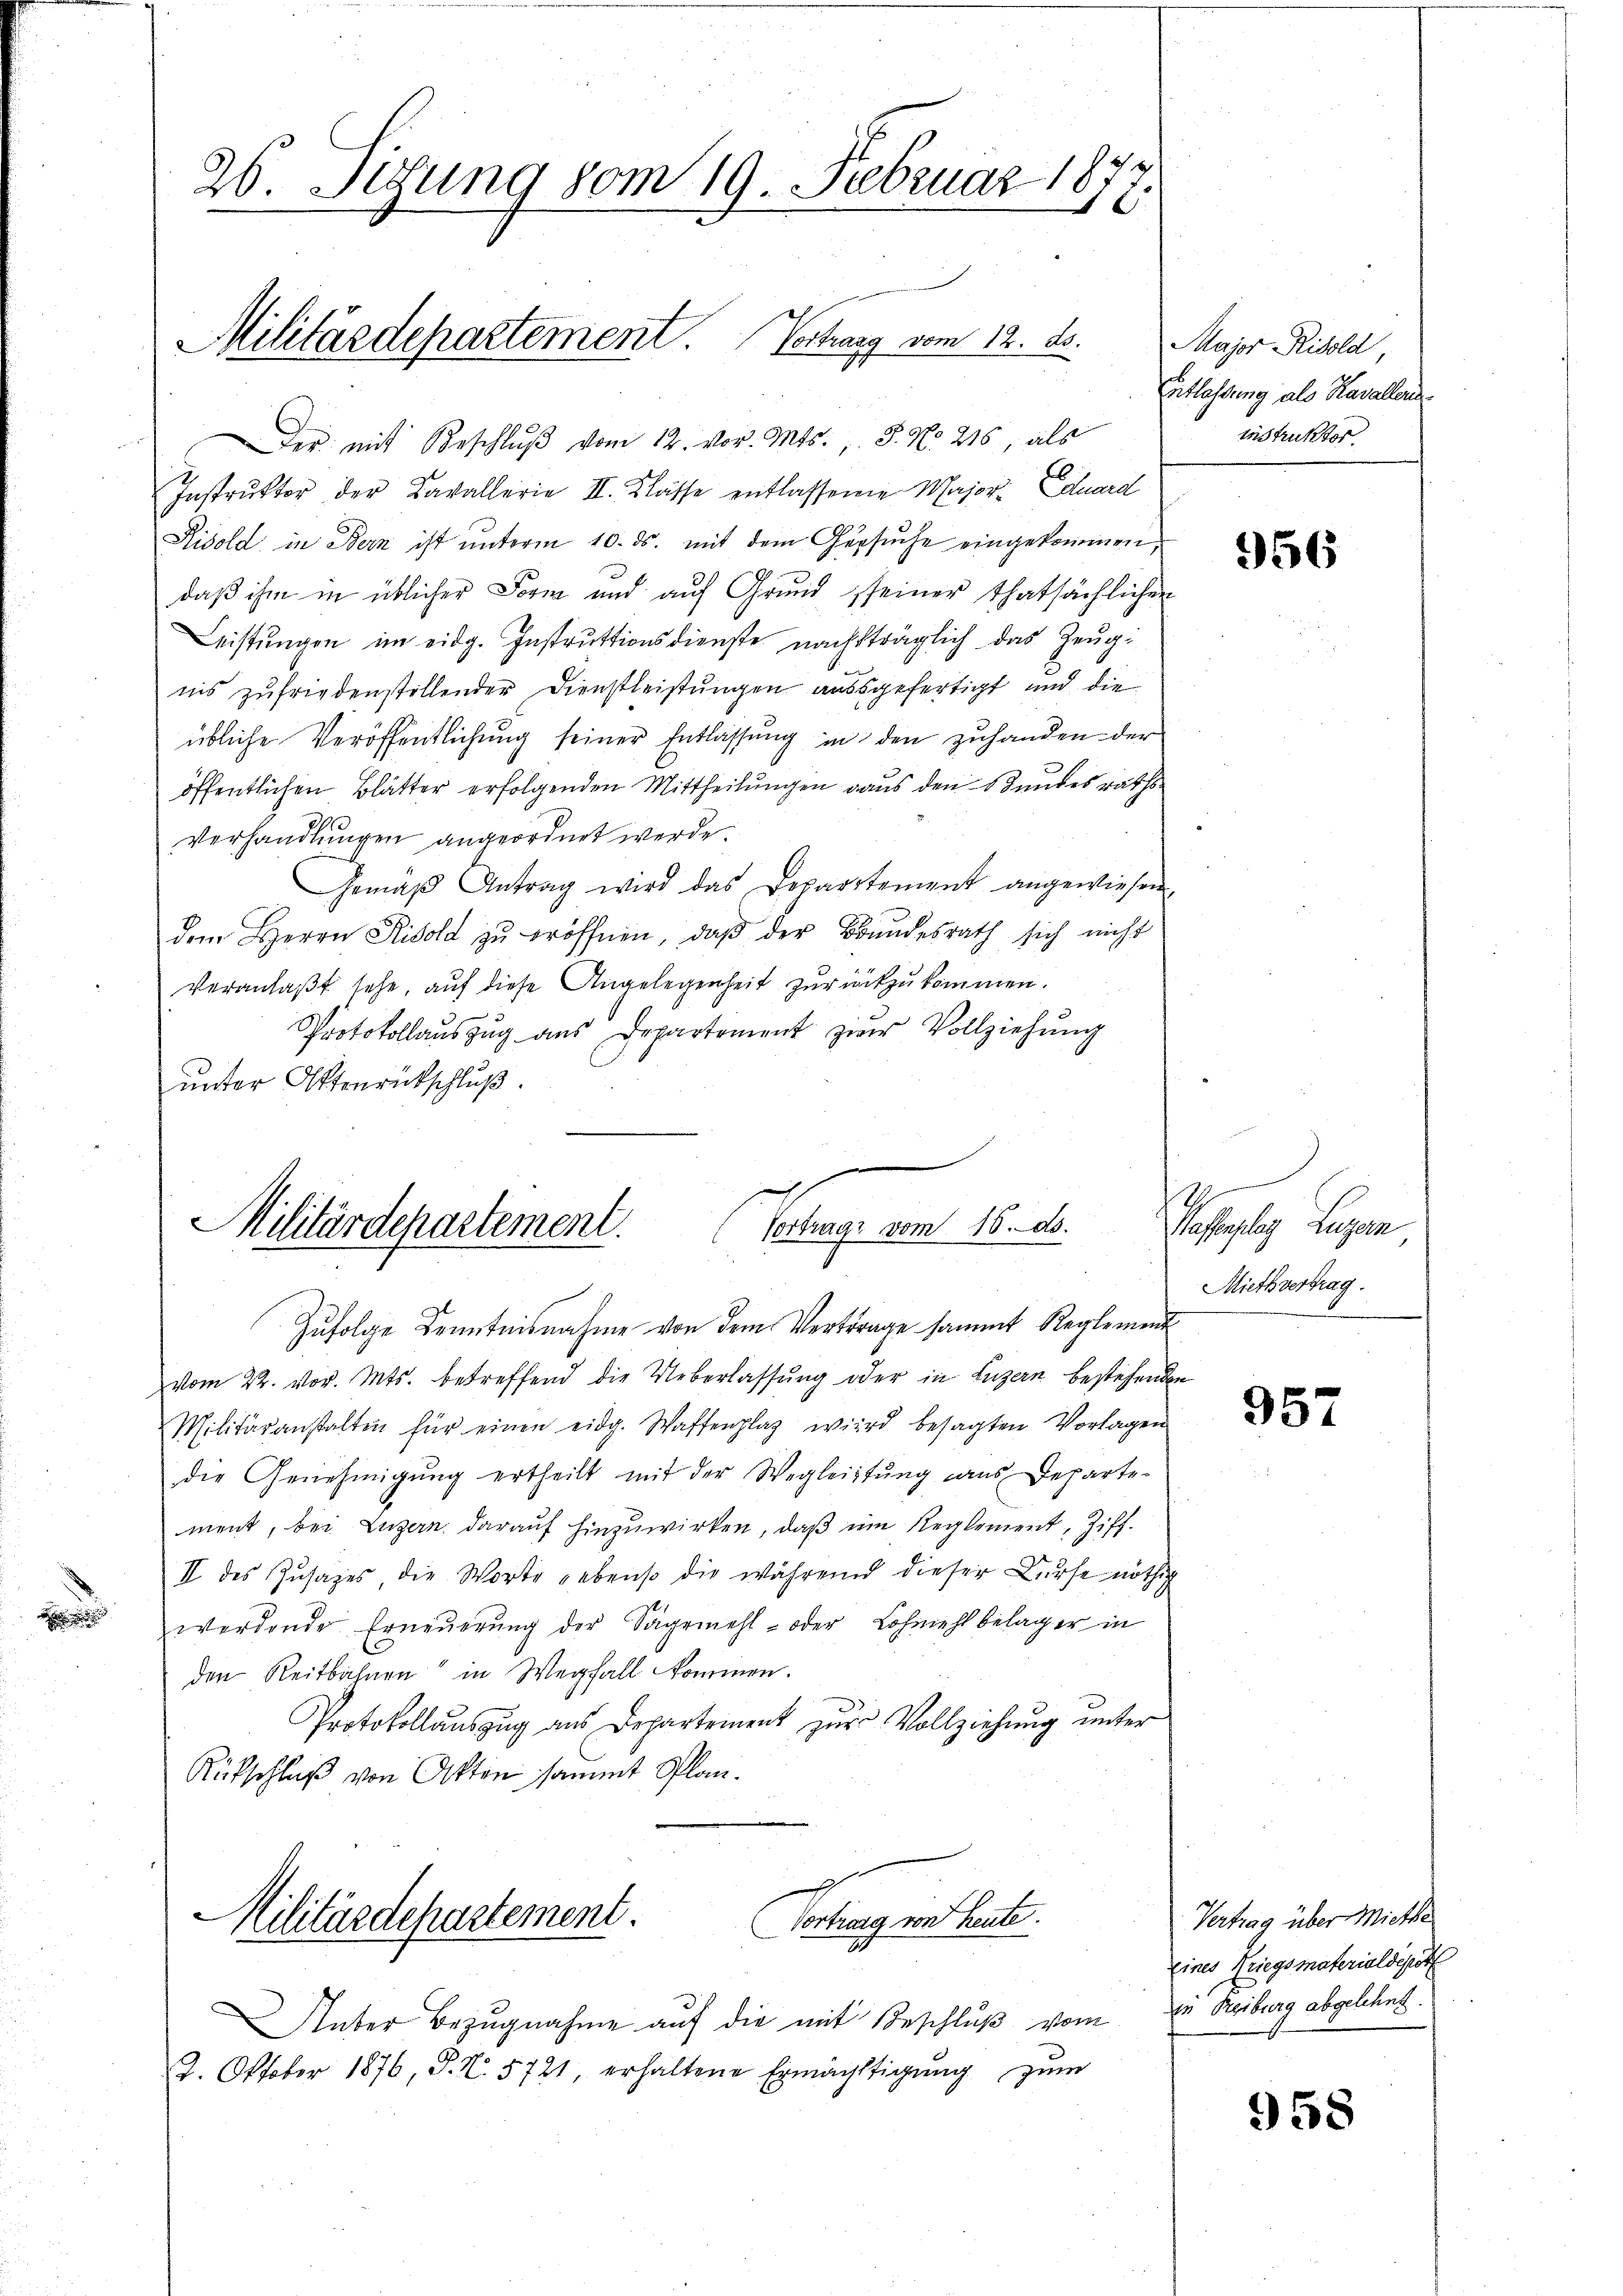
n

20. Setzung vom 19. Februar 1877.

Militärdepartement Vertrag vom 12. ds.

Der mit Beschlŭβ vom 12. vor. Mts. J. No 216, als
Instruktor der Kavallerie II. Klasse entlassene Major. Eduard
Ridold in Bern ist unterm 10. ds. mit dem Gersuche eingekommen,
daß ihm in üblicher Form und auf Grund seiner thatsächlichen
Leistungen im eidg. Instruktionsdienste nachträglich das Zeugi
nis zufriedenstellender Dienstleistungen ausgefertigt und die
übliche Veröffentlichung seiner Entlassung in den zuhanden der
öffentlichen Blätter erfolgenden Mittheilungen aus den Bundesraths¬
Verhandlungen angeordnet werde.
Gemäβ Antrag wird das Departement angewiesen
dem Herrn Risold zŭ eröffnen, daβ der Bundesrath sich nicht
Veranlaßt sehe, auf diese Angelegenheit zurückzukommen.
Protokollaŭszŭg aŭs Departement zur Vollziehŭng
unter Ottenrückschluß.
.

d
Militärdepartement.
Vortrage vom 16. ds.

Militärdepartement.
Vortrag und laute

Unter Bezugnahme auf die mit Beschluß vom
22. Oktober 1876 P. Nr. 5721, erhaltene Ermächtigŭng zum

Zufolge Kenntnisnahme von dem Vertrage sammt Reglement
vom 22. vor. Mts. betreffend die Ueberlassung oder in Luzern bestehenden
Militäranstalten für einen eidg. Waffenplag wird besagten Vorlagen
die Genehmigŭng ertheilt mit der Wegleitŭng aus Departe-
ment, bei Luzern darauf hinzuwirken, daß im Reglement, Ziff.
II des Zusages die Worte gebenso die während dieser Durse nöthig
werdende Erneuerung der Sägemehl- oder Lohmehl belager in
den Reitbahnen" in Wegfall kommen.
Protokollauszug aus Departement zur Vollziehung unter
Rütschluß von Akten sammt Plan.

Major Risold,
Entlassung als Kavaller
instruktor.

956

1
Waffenplag, Luzern
Miethvertrag.

957

Vertrag über Miethe
Eines Kriegsmaterial depot
zu Reiburg abgelehnt.

958